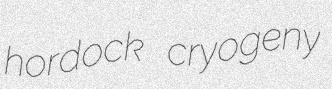
hordock cryogeny